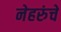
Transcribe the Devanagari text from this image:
नेहरुंचे